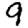
Digit: 9